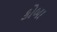
કોબા